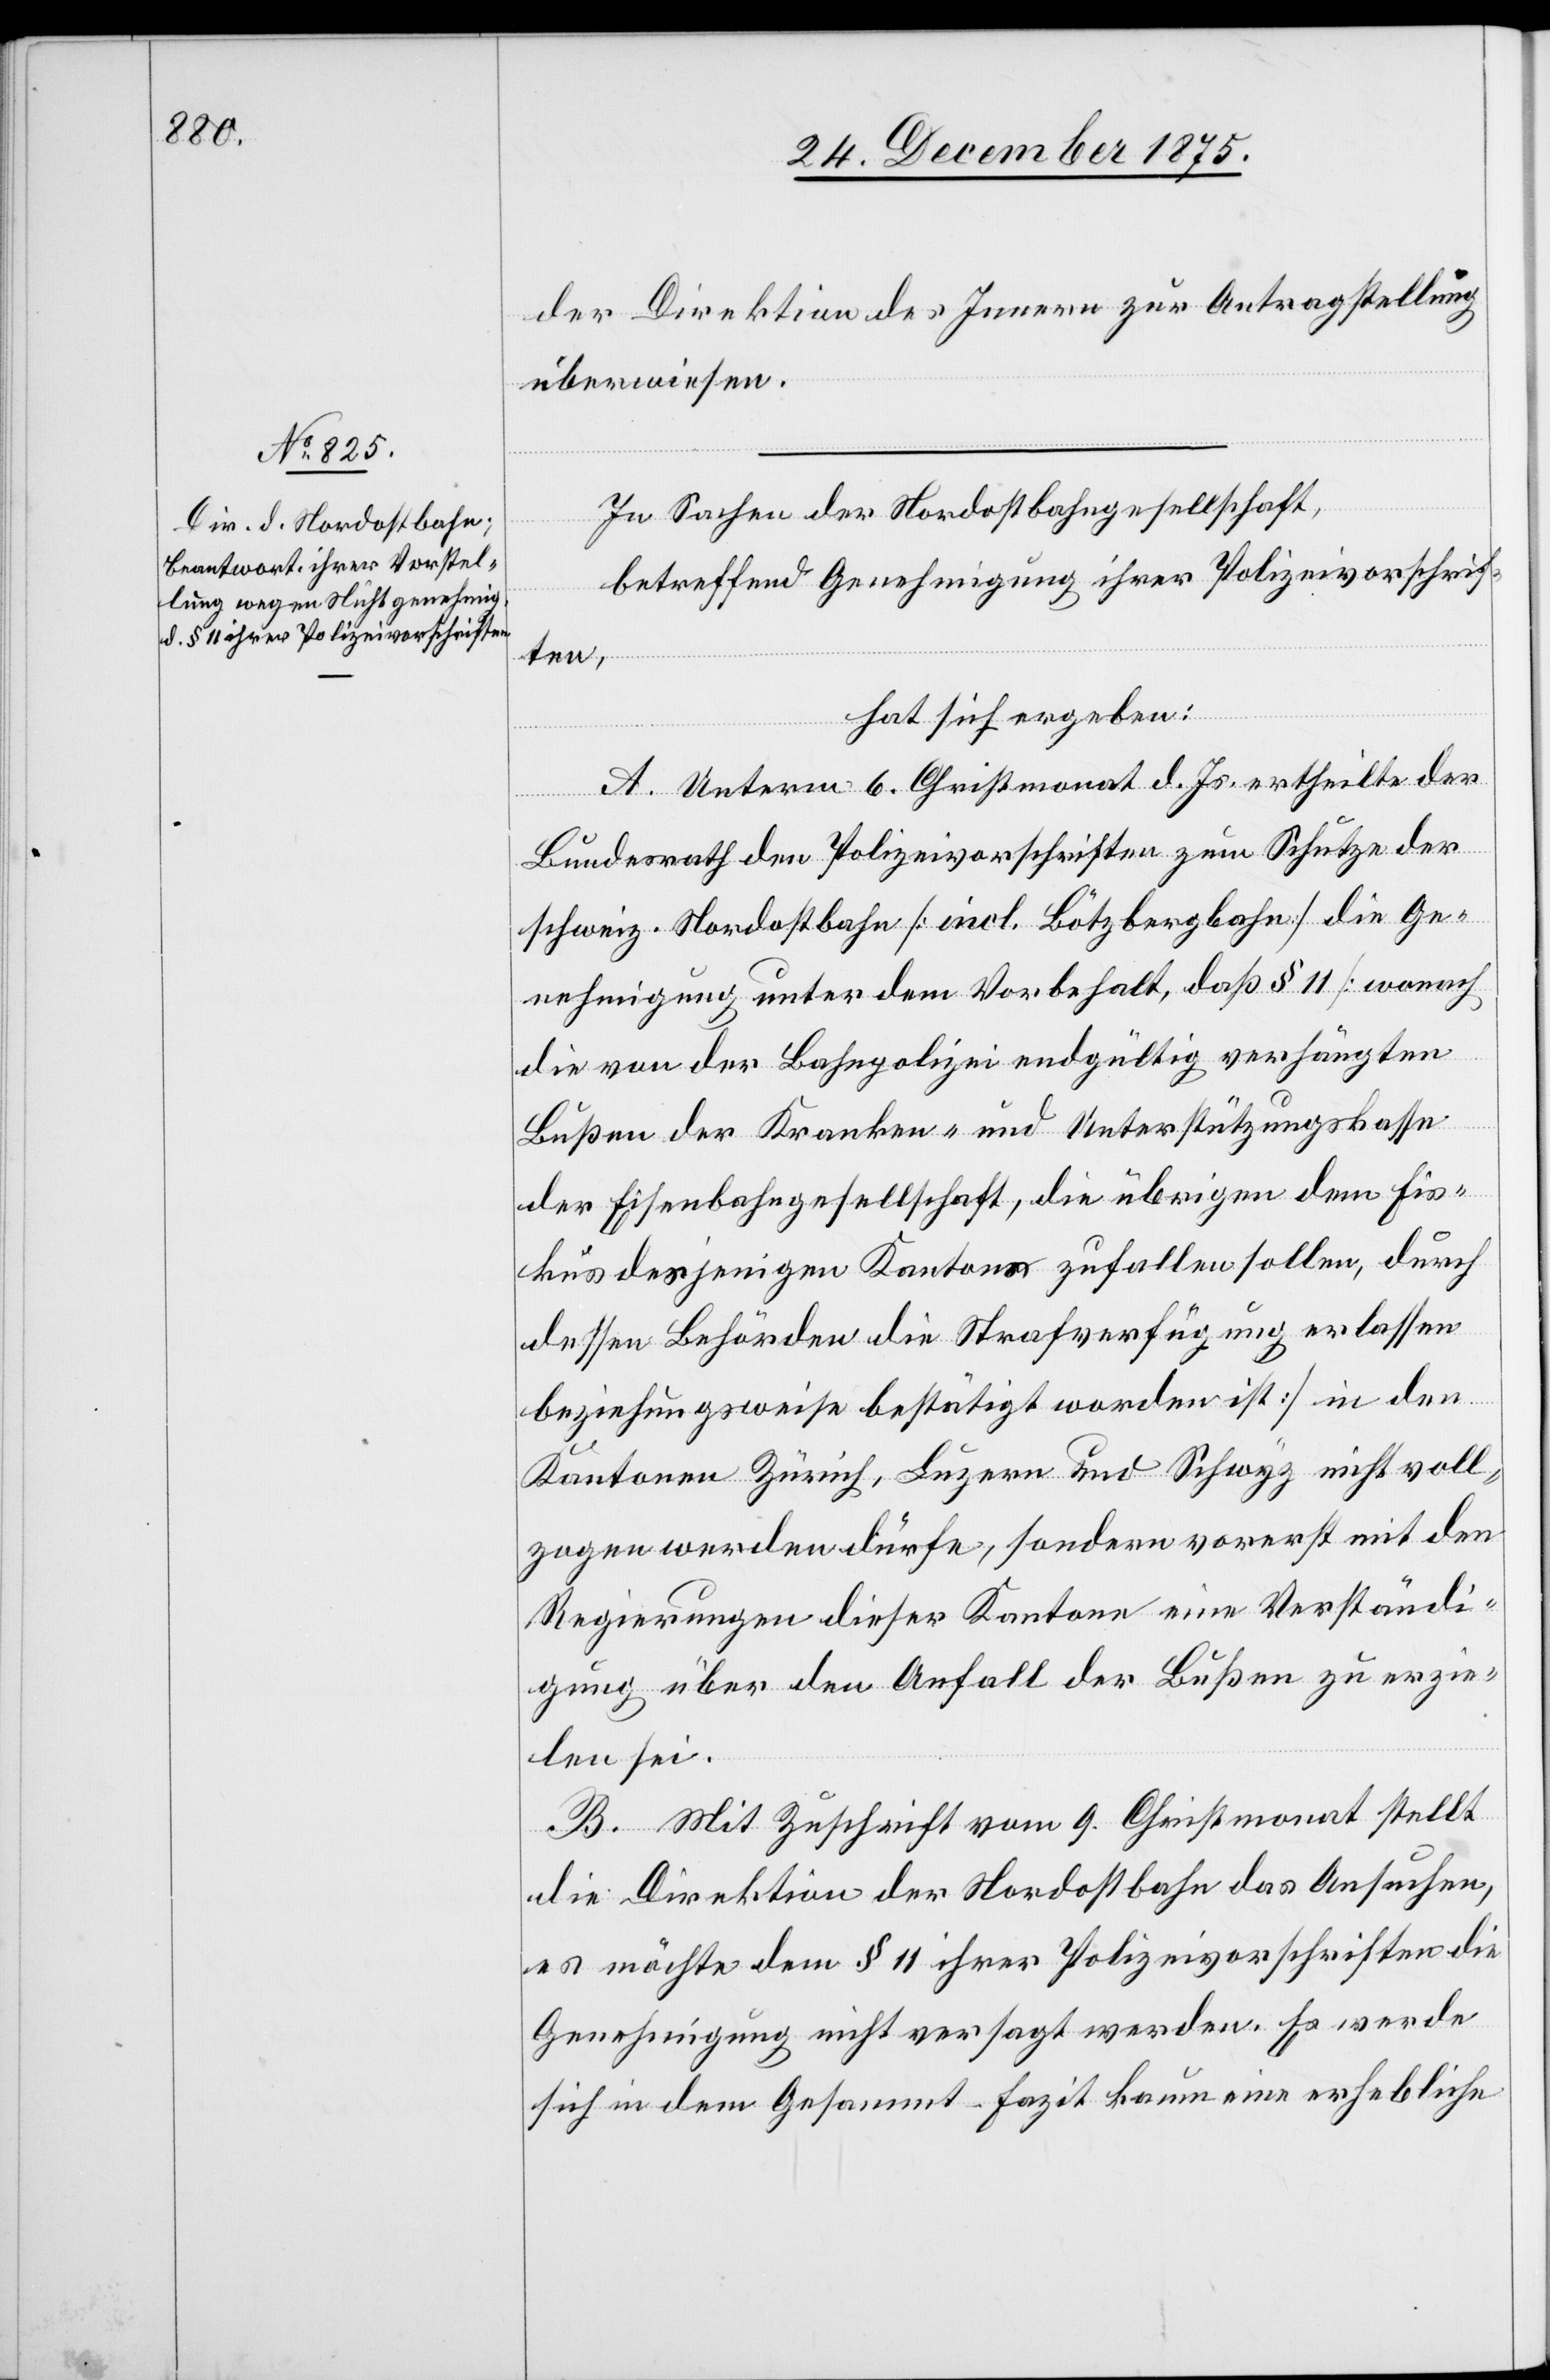
der Direktion des Innern zur Antragstellung
überwiesen.
In Sachen der Nordostbahngesellschaft,
betreffend Genehmigung ihrer Polizeivorschrif¬
ten,
hat sich ergeben:
A. Unterm 6. Christmonat d. Js. theilte der
Bundesrath den Polizeivorschriften zum Schutze der
schweiz. Nordostbahn [incl. Bötzbergbahn] die Ge¬
nehmigung unter dem Vorbehalt, daß § 11 [wonach
die von der Bahnpolizei endgültig verhängten
Bußen der Kranken- und Unterstützungskasse
der Eisenbahngesellschaft, die übrigen dem Fis¬
kus derjenigen Kantone zufallen sollen durch
dessen Behörden die Strafverfügung erlassen
beziehungsweise bestätigt worden ist] in den
Kantonen Zürich, Luzern und Schwyz nicht voll¬
zogen werden dürfe, sondern vorerst mit den
Regierungen dieser Kantone eine Verständi¬
gung über den Anfall der Bußen zu erzie¬
len sei.
B. Mit Zuschrift vom 9. Christmonat stellt
die Direktion der Nordostbahn das Ansuchen
es möchte dem § 11 ihrer Polizeivorschriften die
Genehmigung nicht versagt werden. Es werde
sich in dem Gesammt-Fazit kaum eine erhebliche